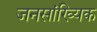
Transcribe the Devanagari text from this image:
जनसांख्यिक